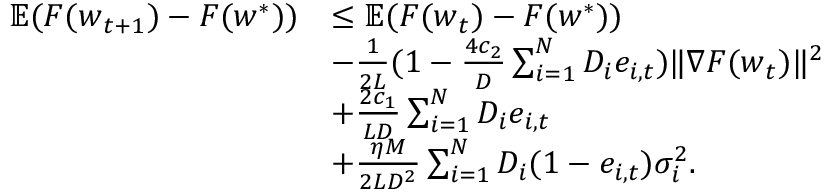
\begin{array} { r l } { \mathbb { E } ( F ( \boldsymbol { w } _ { t + 1 } ) - F ( \boldsymbol { w } ^ { * } ) ) } & { \le \mathbb { E } ( F ( \boldsymbol { w } _ { t } ) - F ( \boldsymbol { w } ^ { * } ) ) } \\ & { - \frac { 1 } { 2 L } ( 1 - \frac { 4 c _ { 2 } } { D } \sum _ { i = 1 } ^ { N } D _ { i } e _ { i , t } ) \| \nabla F ( \boldsymbol { w } _ { t } ) \| ^ { 2 } } \\ & { + \frac { 2 c _ { 1 } } { L D } \sum _ { i = 1 } ^ { N } D _ { i } e _ { i , t } } \\ & { + \frac { \eta M } { 2 L D ^ { 2 } } \sum _ { i = 1 } ^ { N } D _ { i } ( 1 - e _ { i , t } ) \sigma _ { i } ^ { 2 } . } \end{array}